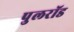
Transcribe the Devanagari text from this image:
पुलरॉड